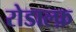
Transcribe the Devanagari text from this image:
रोडाल्फ़